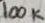
Text: 100K